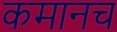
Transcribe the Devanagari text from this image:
कमानच